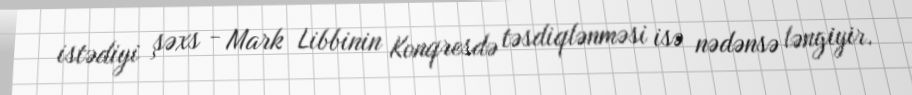
istədiyi şəxs - Mark Libbinin Konqresdə təsdiqlənməsi isə nədənsə ləngiyir.